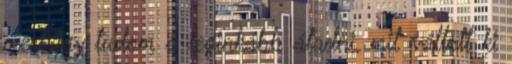
mert így tudom a leginkább átadni, mit váltott ki